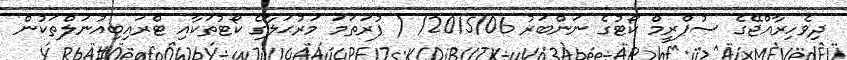
ދިވެހިރާއްޖޭގެ ސުޕްރީމް ކޯޓުގެ ނަންބަރު 2015/06/ ( ފުރަތަމަ މަރުޙަލާގެ ކޯޓުތަކާއި ޓްރައިބިއުނަލްތަކުން